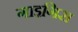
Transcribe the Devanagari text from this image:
गाइगिस